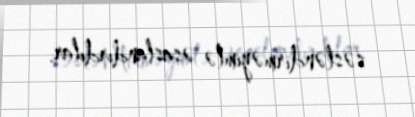
səsləndirməyimlə əsaslandırdılar.